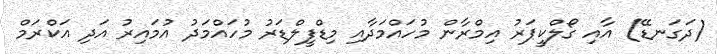
(ދަގަނޑޭ) އާއި ގޯލްކީޕަރު އިމްރާން މުހައްމަދާއި މިޑްފީލްޑަރު މުހައްމަދު އުމައިރު އަދި އަކްރަމް